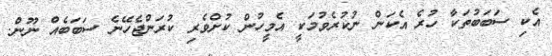
އެކި ސަބަބުތަކާ ހުރެ އެކަން ނުކުރެވުމަކީ އެމީހުން ކުށްވެރި ކުރަންޖެހޭނެ ސަބަބެއް ނޫން.